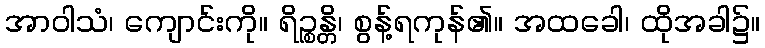
အာဝါသံ၊ ကျောင်းကို။ ရိဉ္စန္တိ၊ စွန့်ရကုန်၏။ အထခေါ၊ ထိုအခါ၌။